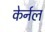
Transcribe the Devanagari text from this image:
केर्नल